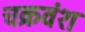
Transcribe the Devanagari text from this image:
चक्रवंश